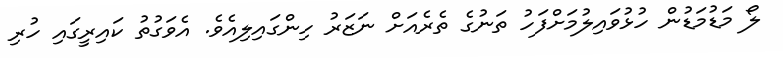
ލޯ މަޑުމަޑުން ހުޅުވައިލުމަށްފަހު ތަނުގެ ތެރެއަށް ނަޒަރު ހިންގައިލިއެވެ. އެވަގުތު ކައިރީގައި ހުރި